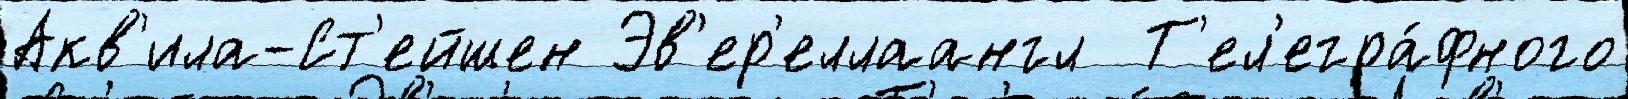
Акв'ила-Ст'ейшен Эв'ер'еллаангл  Т'ел'егра́фного